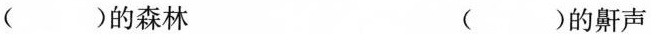
()的森林 ()的鼾声